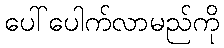
ပေါ်ပေါက်လာမည်ကို